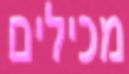
מכילים